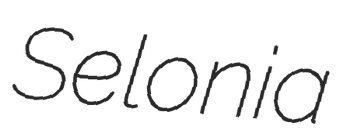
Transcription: Selonia